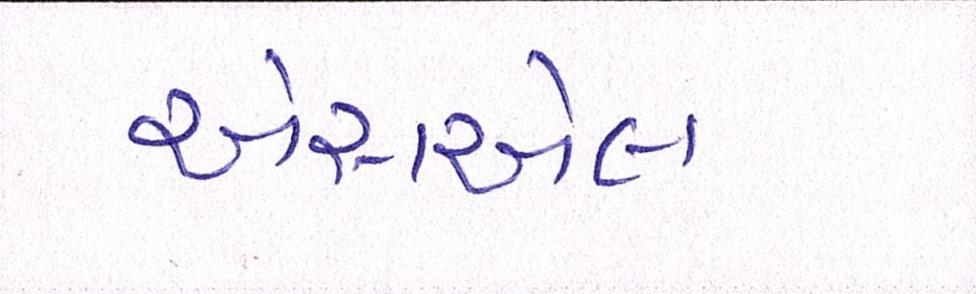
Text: એસએલ